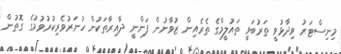
މިނިސްޓަރު ވިދާޅުވީ ތަރުބަވީ ތައުލީމްގެ ތެރެއިން ޒުވާނުން ފަންނީ ދާއިރާތަކުން ހުނަރުވެރިކުރުވުމުގެ ގޮތުން